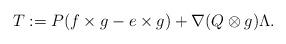
LaTeX: \begin{align*} T := P(f\times g - e\times g) + \nabla(Q\otimes g)\Lambda. \end{align*}